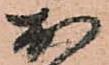
於